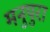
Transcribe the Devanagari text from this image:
मनुपुरा